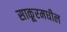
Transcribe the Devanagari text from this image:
साकूरमधील